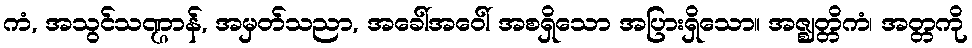
ကံ, အသွင်သဏ္ဌာန်, အမှတ်သညာ, အခေါ်အဝေါ် အစရှိသော အပြားရှိသော။ အဇ္ဈတ္တိကံ၊ အတ္တကို